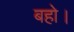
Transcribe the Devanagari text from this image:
बहो।